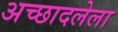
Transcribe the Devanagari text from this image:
अच्छादलेला